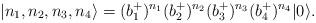
LaTeX: \begin{align*}\left|n_1,n_2,n_3,n_4 \right\rangle =(b^+_1)^{n_1}(b^+_2)^{n_2}(b^+_3)^{n_3} (b^+_4)^{n_4}|0 \rangle.\end{align*}